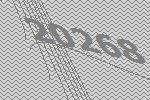
20268